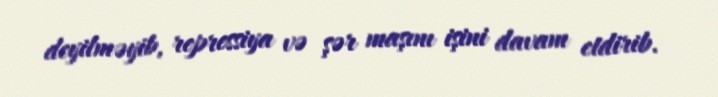
deyilməyib, repressiya və şər maşını işini davam etdirib.